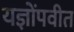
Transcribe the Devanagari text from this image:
यज्ञोंपवीत